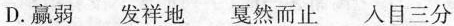
D.赢弱发祥地戛然而止入目三分